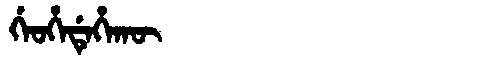
Manchu: ᡤᡝᠣᡥᡝᡩᡝᡥᠠᡴᡡ
Romanization: GEOHEDEHAKŪ